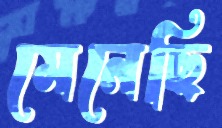
মেনেছি